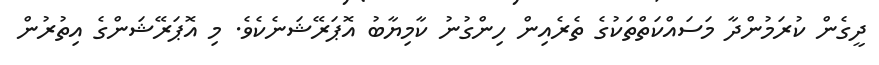
ދީގެން ކުރަމުންދާ މަސައްކަތްތަކުގެ ތެރެއިން ހިންގުނު ކާމިޔާބު އޮޕަރޭޝަނެކެވެ. މި އޮޕަރޭޝަންގެ އިތުރުން